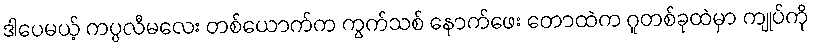
ဒါပေမယ့် ကပ္ပလီမလေး တစ်ယောက်က ကွက်သစ် နောက်ဖေး တောထဲက ဂူတစ်ခုထဲမှာ ကျုပ်ကို